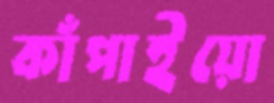
কাঁপাইয়ো